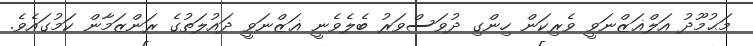
މަޙުމޫދު އަލްޣަޒްނަވީ ވެރިކަން ހިންގި ދުވަސްވަރު ބެލެވެނީ ޣަޒްނަވީ ދައުލަތުގެ ރަންޒަމާން ކަމުގައެވެ.